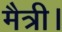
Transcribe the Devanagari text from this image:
मैत्री।